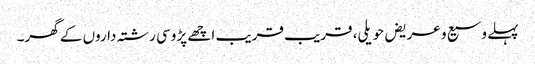
پہلے وسیع و عریض حویلی، قریب قریب اچھے پڑوسی رشتہ داروں کے گھر۔